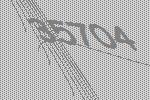
35704